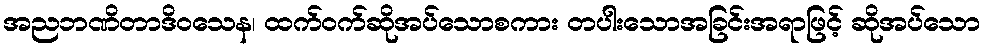
အညဘဏိတာဒိဝသေန၊ ထက်ဝက်ဆိုအပ်သောစကား တပါးသောအခြင်းအရာဖြင့် ဆိုအပ်သော